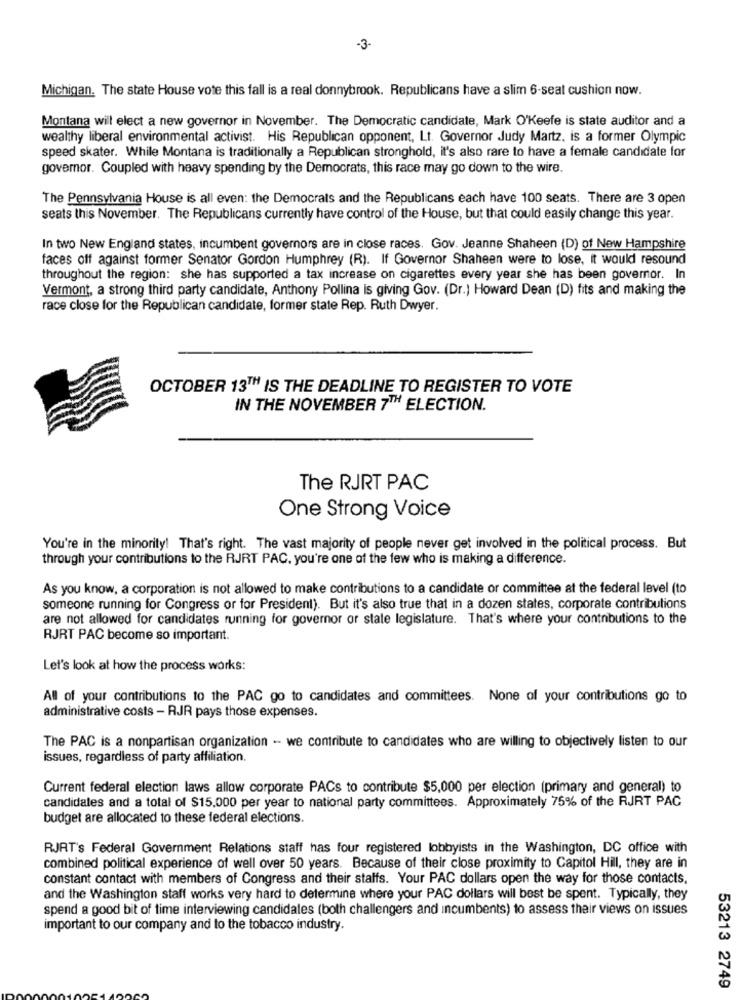
-3-
Michigan. The state House vote this fall is a real donnybrook. Republicans have a slim 6-seal cushion now.
Montana will elect a new governor in November. The Democratic candidate, Mark O'Keefe is state auditor and a
wealthy liberal environmental activist. His Republican opponent, Lt. Governor Judy Martz, is a former Olympic
speed skater. While Montana is traditionally a Republican stronghold, it's also rare to have a female candidate for
governor. Coupled with heavy spending by the Democrats, this race may go down to the wire.
The Pennsylvania House is all even: the Democrats and the Republicans each have 100 seats. There are 3 open
seats this November. The Republicans currently have control of the House, but that could easily change this year.
In two New England states, incumbent governors are in close races. Gov. Jeanne Shaheen (D) of New Hampshire
faces off against former Senator Gordon Humphrey (R). If Governor Shaheen were to lose, it would resound
throughout the region: she has supported a tax increase on cigarettes every year she has been governor. In
Vermont, a strong third party candidate, Anthony Pollina is giving Gov. (Dr.) Howard Dean (D) fits and making the
race close for the Republican candidate, former state Rep. Ruth Dwyer.
OCTOBER 13TH IS THE DEADLINE TO REGISTER TO VOTE
IN THE NOVEMBER 7TH ELECTION.
The RJRT PAC
One Strong Voice
You're in the minority! That's right. The vast majority of people never get involved in the political process. But
through your contributions to the RJRT PAC, you're one of the few who is making a difference.
As you know, a corporation is not allowed to make contributions to a candidate or committee at the federal level (to
someone running for Congress or for President). But it's also true that in a dozen states, corporate contributions
are not allowed for candidates running for governor or state legislature. That's where your contributions to the
RJRT PAC become so important.
Let's look at how the process works:
All of your contributions to the PAC go to candidates and committees. None of your contributions go to
administrative costs - RJR pays those expenses.
The PAC is a nonpartisan organization -- we contribute to candidates who are willing to objectively listen to our
issues, regardless of party affiliation.
Current federal election laws allow corporate PACs to contribute $5,000 per election (primary and general) to
candidates and a total of $15,000 per year to national party committees. Approximately 75% of the RJRT PAC
budget are allocated to these federal elections.
RJRT's Federal Government Relations staff has four registered lobbyists in the Washington, DC office with
combined political experience of well over 50 years. Because of their close proximity to Capitol Hill, they are in
constant contact with members of Congress and their staffs. Your PAC dollars open the way for those contacts.
and the Washington staff works very hard to determine where your PAC dollars will best be spent. Typically, they
spend a good bit of time interviewing candidates (both challengers and incumbents) to assess their views on issues
important to our company and to the tobacco industry.
53213 2749